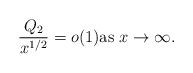
LaTeX: \begin{align*} \frac{Q_2}{x^{1/2}}=o(1)\mbox{as}~x\to\infty.\end{align*}